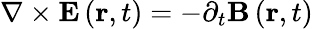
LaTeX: \nabla\times\mathbf{E}\left(\mathbf{r},t\right)=-\partial_{t}\mathbf{B}\left(\mathbf{r},t\right)